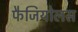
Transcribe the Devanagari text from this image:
फैजियोलस